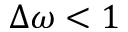
\Delta \omega < 1